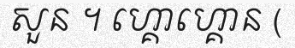
សួន ។ ហ្គោហ្គោន (